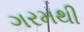
ગરમથી